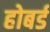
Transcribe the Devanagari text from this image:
होबर्ड